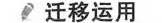
迁移运用